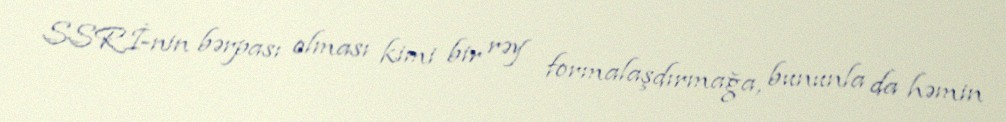
SSRİ-nin bərpası olması kimi bir rəy formalaşdırmağa, bununla da həmin